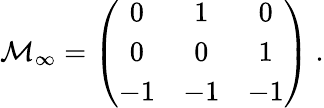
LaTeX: {\cal M}_{\infty}=\left(\begin{array}{ccc}{{0}}&{{1}}&{{0}}\\ {{0}}&{{0}}&{{1}}\\ {{-1}}&{{-1}}&{{-1}}\end{array}\right)\ .